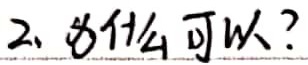
2. 为什么可以？